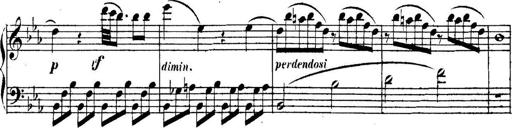
Title: Collected Piano Sonatas
Composer: Muzio Clementi